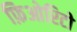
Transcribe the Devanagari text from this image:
फ़िओरिटो